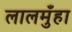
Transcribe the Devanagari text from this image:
लालमुँहा